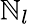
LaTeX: \mathbb{N}_{l}